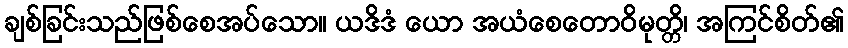
ချစ်ခြင်းသည်ဖြစ်စေအပ်သော။ ယဒိဒံ ယော အယံစေတောဝိမုတ္တိ၊ အကြင်စိတ်၏